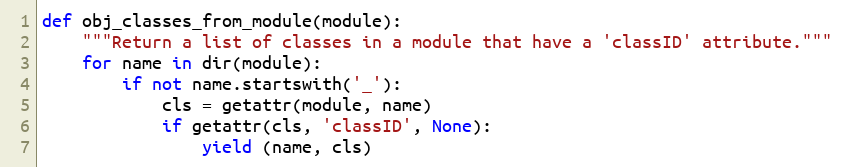
Language: Python
def obj_classes_from_module(module):
    """Return a list of classes in a module that have a 'classID' attribute."""
    for name in dir(module):
        if not name.startswith('_'):
            cls = getattr(module, name)
            if getattr(cls, 'classID', None):
                yield (name, cls)